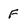
Character: f